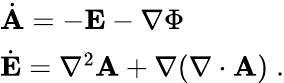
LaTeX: \begin{array}{l}{\dot{\mathbf{A}}=-\mathbf{E}-\nabla\Phi}\\ {\dot{\mathbf{E}}=\nabla^{2}\mathbf{A}+\nabla(\nabla\cdot\mathbf{A})\; .}\end{array}